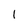
Character: 1